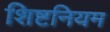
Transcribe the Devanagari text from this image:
शिष्टनियम